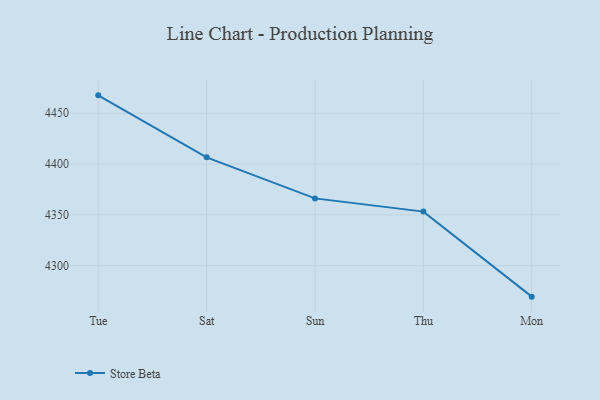
{"axis": {"x": "Day", "y": "Backlog"}, "legend": ["Store Beta"], "data": [{"x": "Tue", "y": 4467.6, "type": "Store Beta"}, {"x": "Sat", "y": 4406.6, "type": "Store Beta"}, {"x": "Sun", "y": 4366.2, "type": "Store Beta"}, {"x": "Thu", "y": 4353.2, "type": "Store Beta"}, {"x": "Mon", "y": 4269.5, "type": "Store Beta"}]}